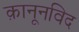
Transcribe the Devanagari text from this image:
क़ानूनविद